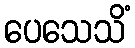
ပေသေသိံ